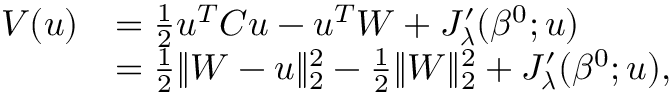
\begin{array} { r l } { V ( u ) } & { = \frac { 1 } { 2 } u ^ { T } C u - u ^ { T } W + J _ { \boldsymbol { \lambda } } ^ { \prime } ( { \beta ^ { 0 } } ; u ) } \\ & { = \frac { 1 } { 2 } \Vert W - u \Vert _ { 2 } ^ { 2 } - \frac { 1 } { 2 } \Vert W \Vert _ { 2 } ^ { 2 } + J _ { \boldsymbol { \lambda } } ^ { \prime } ( { \beta ^ { 0 } } ; u ) , } \end{array}